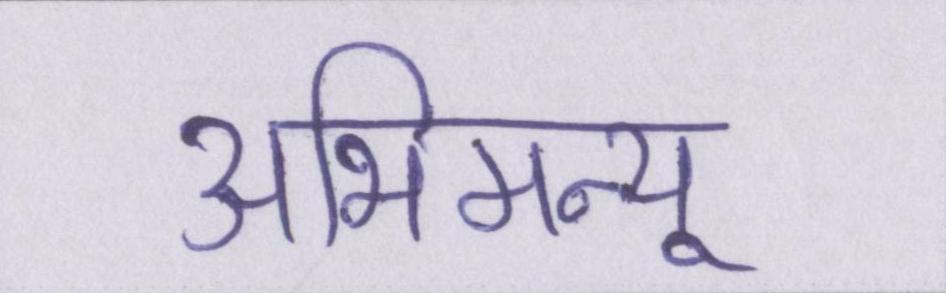
अभिमन्यू